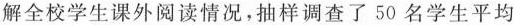
解全校学生课外阅读情况，抽样调查了50名学生平均